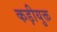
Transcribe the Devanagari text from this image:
कड़ीयुक्त